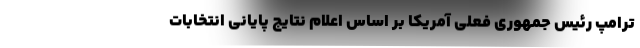
ترامپ رئیس جمهوری فعلی آمریکا بر اساس اعلام نتایج پایانی انتخابات